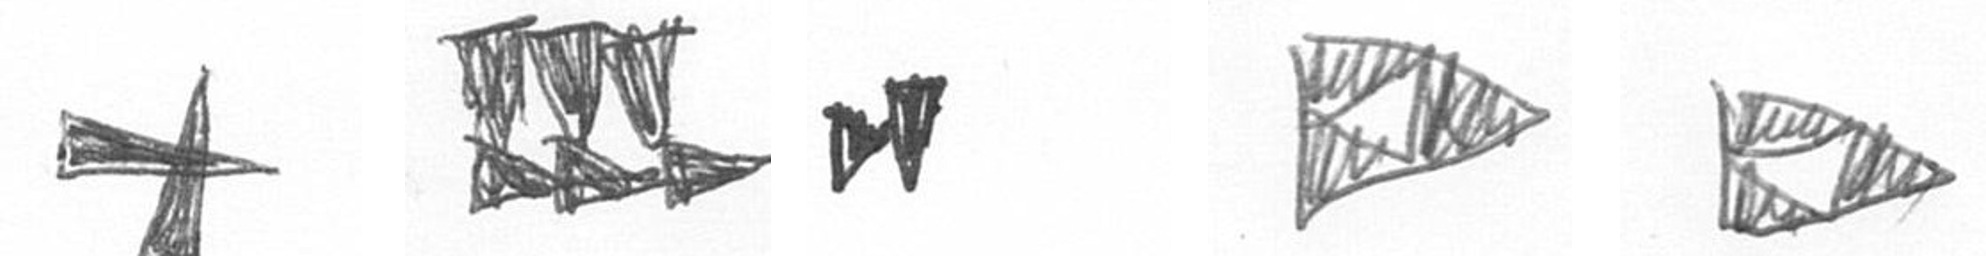
G D M K K